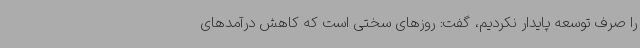
را صرف توسعه پایدار نکردیم، گفت: روزهای سختی است که کاهش درآمدهای